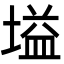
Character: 塧